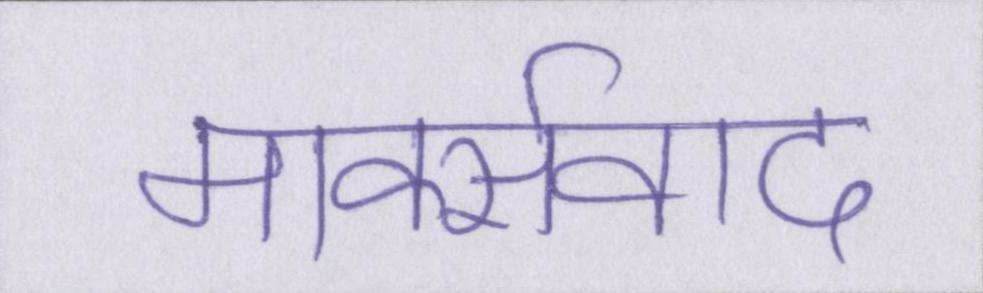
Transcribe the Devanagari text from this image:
मार्क्सवाद